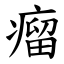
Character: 瘤